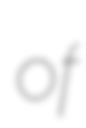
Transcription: of